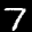
Label: 7